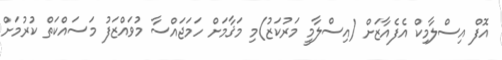
އޮފް އިސްލާމިކް އެފެއާޒަށް (އިސްލާމީ މަރުކަޒު)މި މަޤާމަށް ހަމަޖައްސާ މުވައްޒަފު މަސައްކަތް ކުރުމަށް